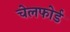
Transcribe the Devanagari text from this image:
चेलफोर्ड